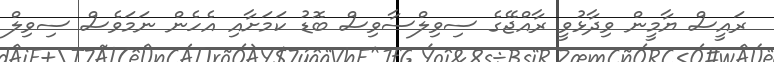
ރައީސް ޔާމީން ވިދާޅުވީ ރާއްޖޭގެ ސިވިލްސާވިސް ބޮޑު ކަމަށާއި އެހެން ނަމަވެސް ސިވިލް